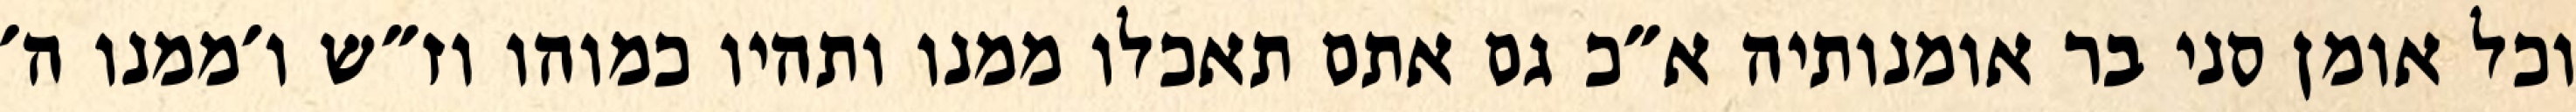
וכל אומן סני בר אומנותיה א״כ גם אתם תאכלו ממנו ותהיו כמוהו וז״ש ו׳ממנו ה׳